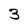
Character: 3